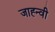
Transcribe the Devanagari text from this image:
जाह्न्वी